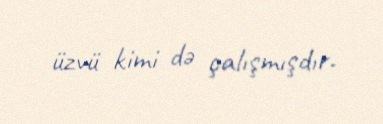
üzvü kimi də çalışmışdır.